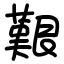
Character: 艱